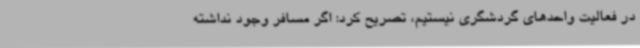
در فعالیت واحدهای گردشگری نیستیم، تصریح کرد: اگر مسافر وجود نداشته